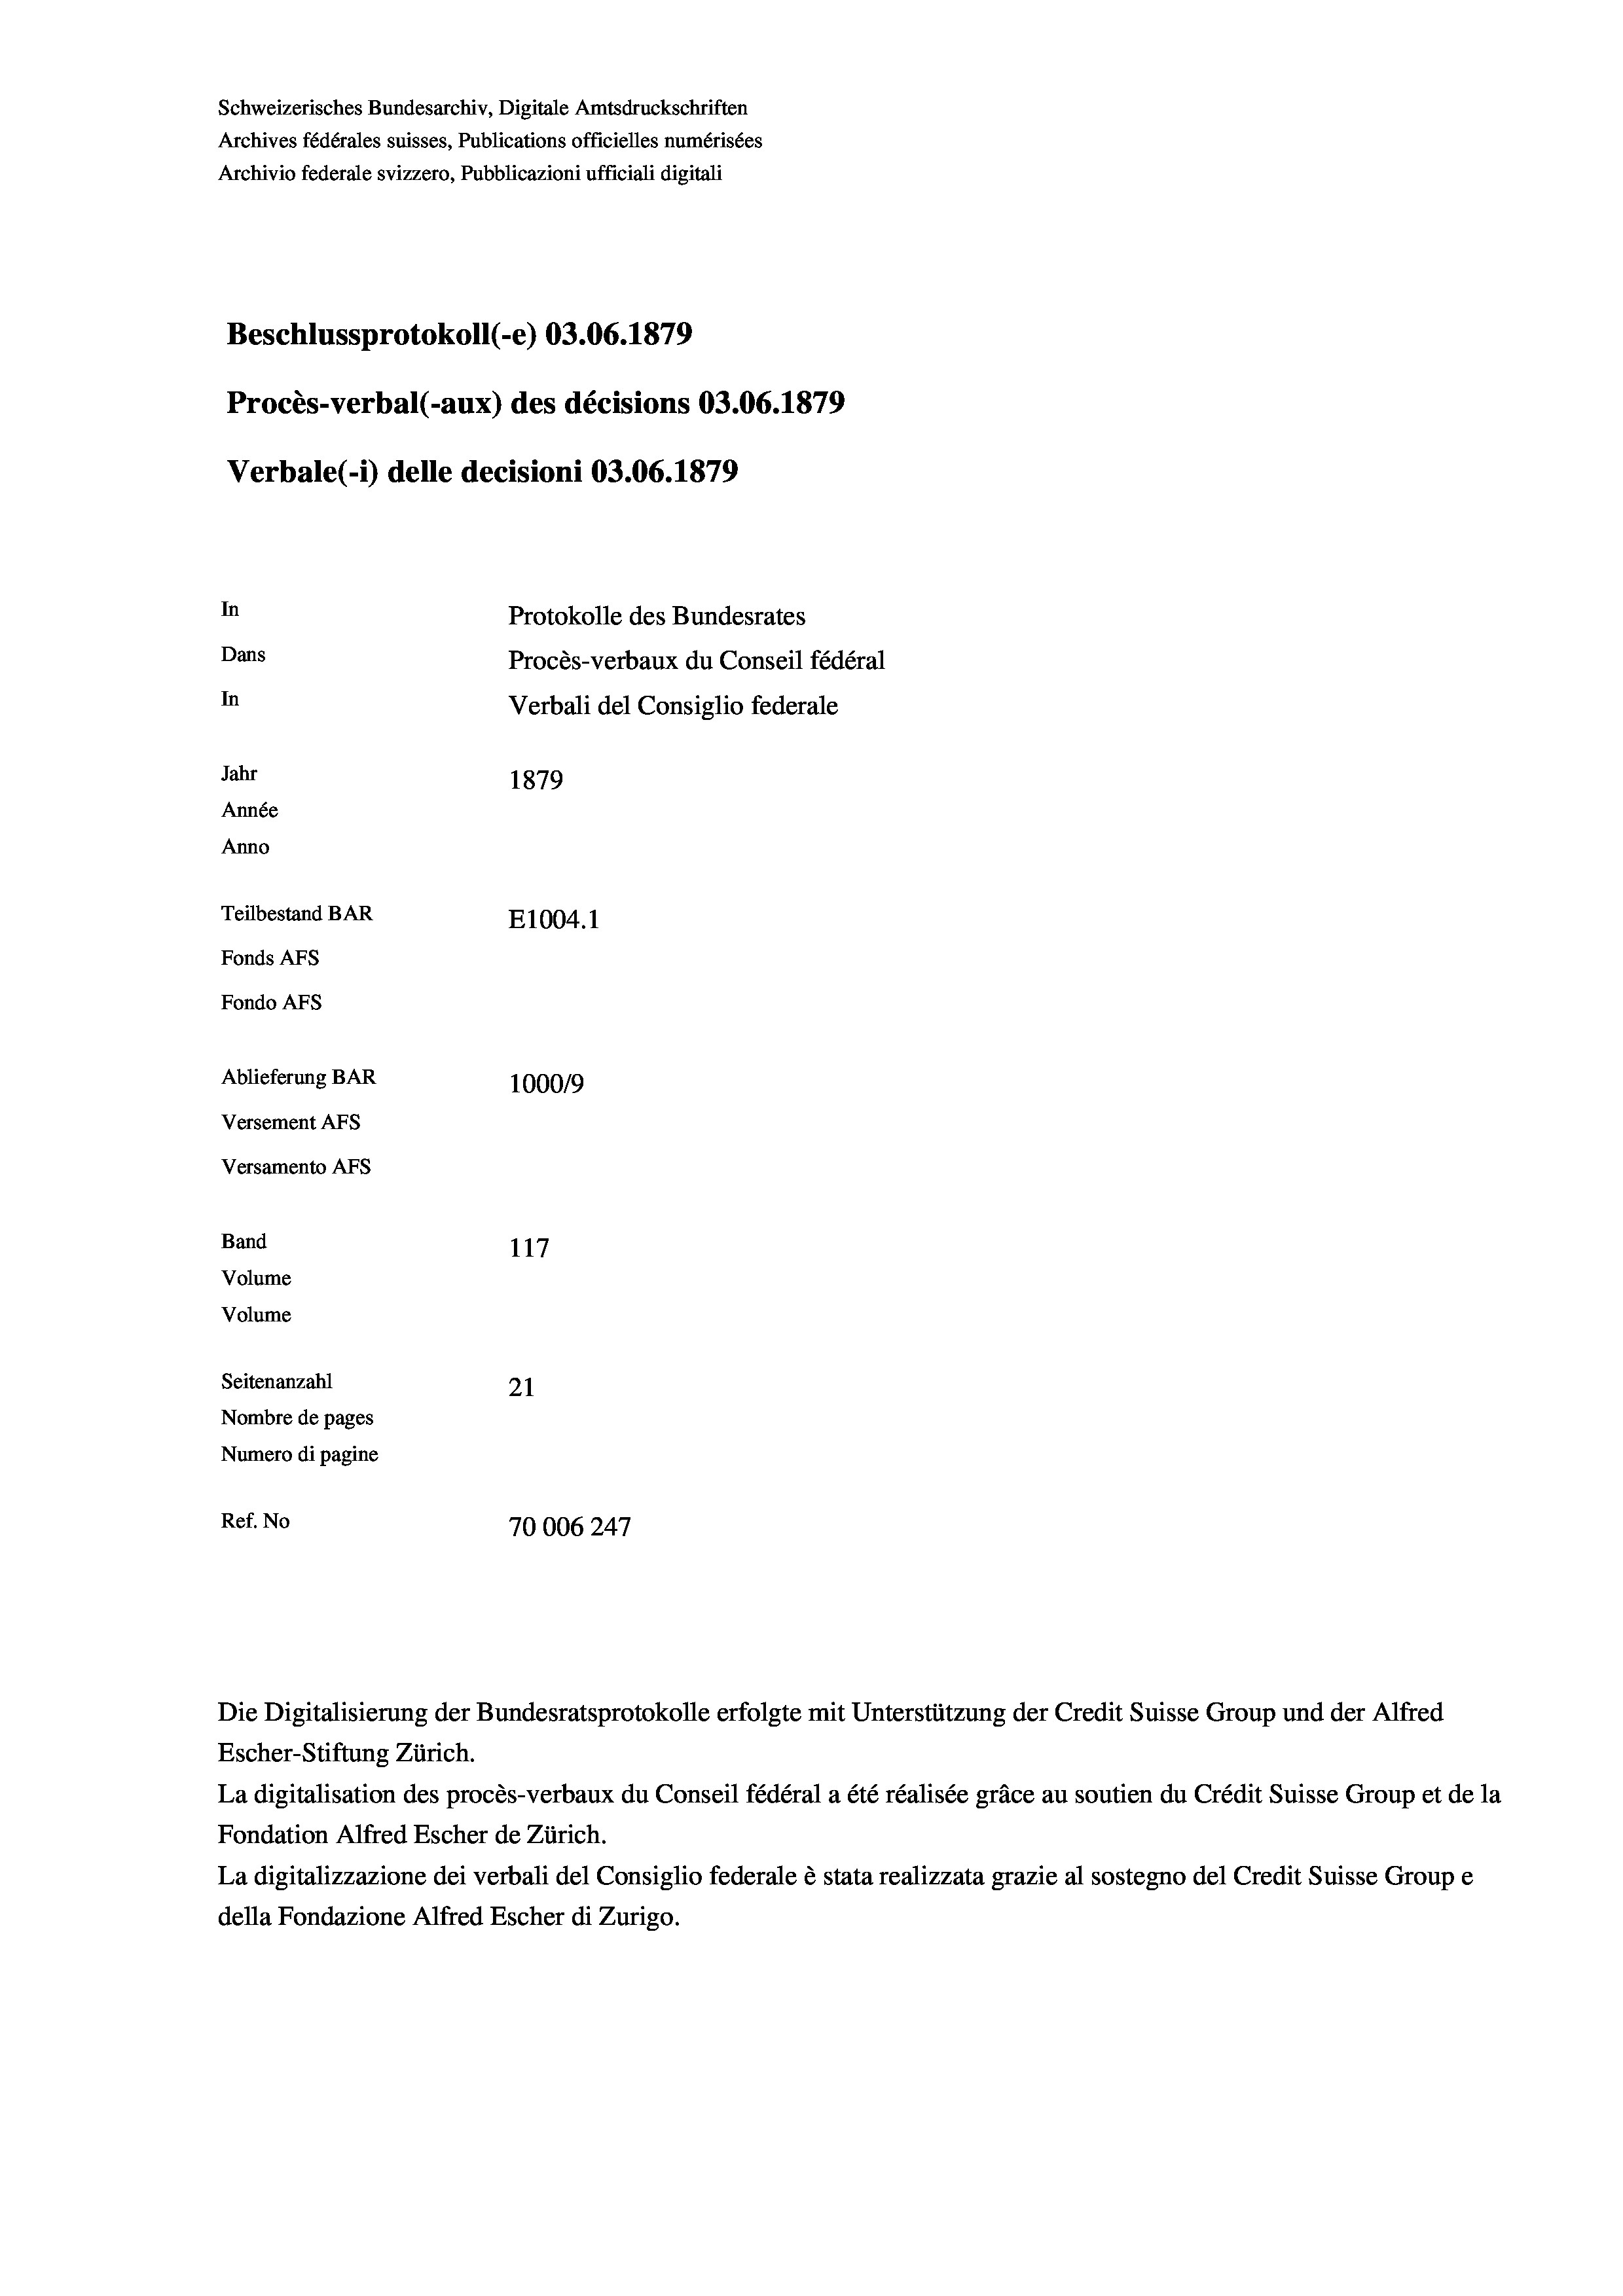
Schweizerisches Bundesarchiv, Digitale Amtsdruckschriften
Archives fédérales suisses, Publications officielles numérisées
Archivio federale svizzero, Pubblicazioni ufficiali digitali
Beschlussprotokoll (-e) 03.06. 1879
Procès-verbal (-aux) des décisions 03.06. 1879
Verbale (1) delle decisioni 03.06. 1879
In
Protokolle des Bundesrates
Dans
Procès-verbaux du Conseil fédéral
In
Verbali del Consiglio federale
Jahr
1879
Année
Anno
Teilbestand BAR
E1004. 1
Fonds AFs
Fondo AFs
Ablieferung BAR
100019
Versement Abs
Versamento Afs
Band
117
Volume
Volume
Seitenanzahl
21
Nombre de pages
Numero di pagine
Ref. No
70006247

Escher-Stiftung Zürich.
La digitalisation des procès-verbaux du Conseil fédéral a été réalisée gräce au soutien du Crédit Suisse Group et de la
Fondation Alfred Escher de Zürich.
La digitalizzazione dei verbali del Consiglio federale è stata realizzata grazie al sostegno del Credit Suisse Groupe
della Fondazione Alfred Escher di Zurigo.

Die Digitalisierung der Bundesratsprotokolle erfolgte mit Unterstützung der Credit Suisse Group und der Alfred